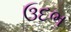
ઉદભ